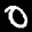
Label: 0